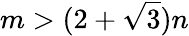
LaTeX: m>(2+{\sqrt{3}})n